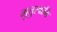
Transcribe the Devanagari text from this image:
मुत्तुस्वामि